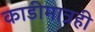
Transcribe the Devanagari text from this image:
काडीमात्रही